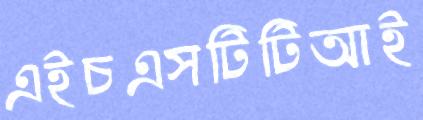
এইচএসটিটিআই